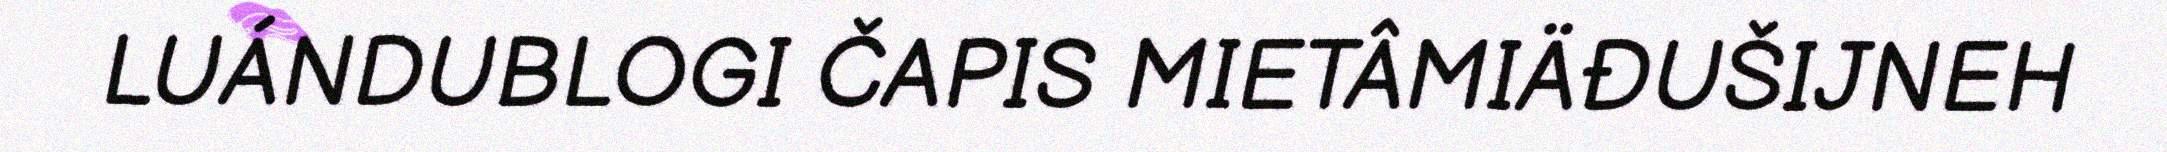
LUÁNDUBLOGI ČAPIS MIETÂMIÄĐUŠIJNEH